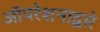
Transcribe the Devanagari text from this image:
ऑपरेशनाद्वारे